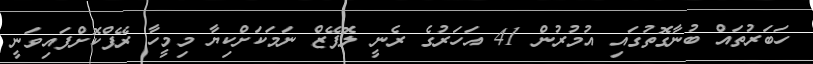
ހަބަރުތައް ބުނާގޮތުގައި އުމުރުން 41 އަހަރުގެ ރެނީ ލޮޕޭޒް ނަމަކަށްކިޔާ މިމީހާ ރޭޕްކޮށްފައިވަނީ